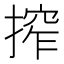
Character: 搾